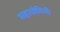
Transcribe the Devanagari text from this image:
महायोगिनी